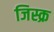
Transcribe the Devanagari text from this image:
जिस्क्र